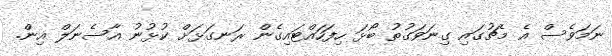
ނަމަވެސް އެ މެޗުގައި ގިނަވަގުތު ބޯޅަ ހިފަހައްޓައިގެން ރަނގަޅަށް ކުޅުނު އާސެނަލް އިން.